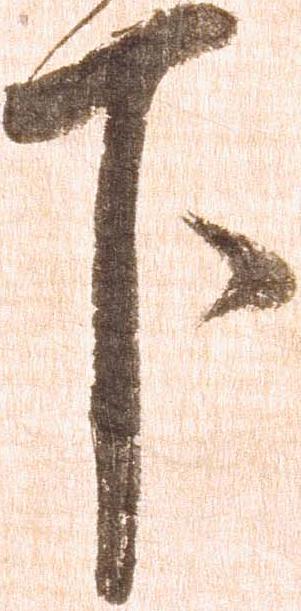
下